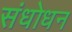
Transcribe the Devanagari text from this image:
संधोधन